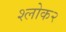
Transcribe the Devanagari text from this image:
श्लोक२